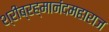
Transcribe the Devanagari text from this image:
श्रीब्रह्मानंदमहाराज